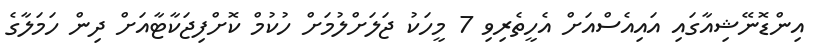
އިންޑޮނޭޝިއާގައި އައިއެސްއަށް އެހީތެރިވި 7 މީހަކު ޖަލަށްލުމަށް ހުކުމް ކޮށްފިޖަކާޓާއަށް ދިން ހަމަލާގެ